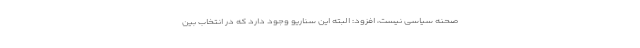
صحنه سیاسی نیست، افزود: البته این سناریو وجود دارد که در انتخاب بین